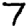
Digit: 7